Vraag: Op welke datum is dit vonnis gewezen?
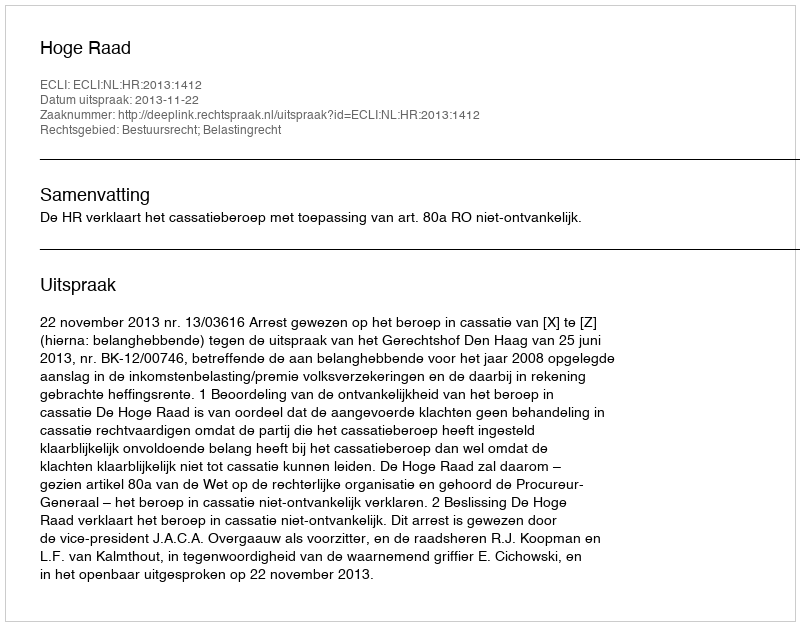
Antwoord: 2013-11-22